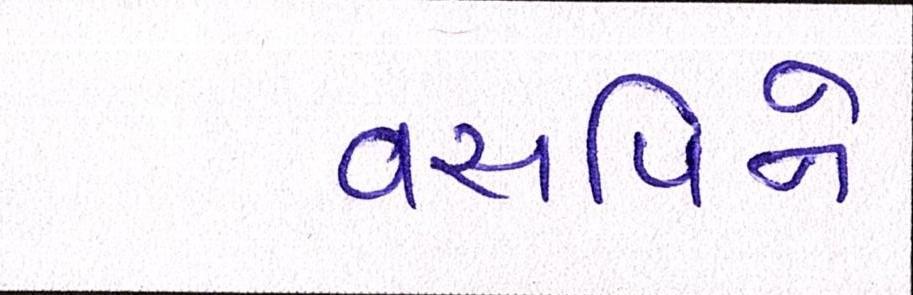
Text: વસતિને